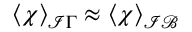
\langle \chi \rangle _ { \mathcal I \Gamma } \approx \langle \chi \rangle _ { \mathcal { I B } }